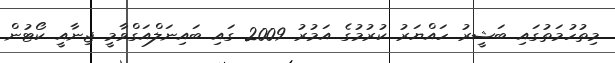
މިތުހުމަތުގައި ބަޝީރު ހައްޔަރު ކުރުމުގެ އަމުރު 2009 ގައި ބައިނަލްއަގްވާމީ ޖިނާއީ ކޯޓުން